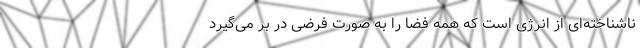
ناشناخته‌ای از انرژی است که همه فضا را به صورت فرضی در بر می‌گیرد